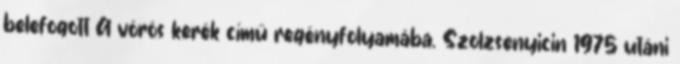
belefogott A vörös kerék című regényfolyamába. Szolzsenyicin 1975 utáni